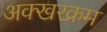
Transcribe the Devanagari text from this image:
अक्खरक्रम